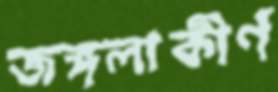
জঙ্গলাকীর্ণ